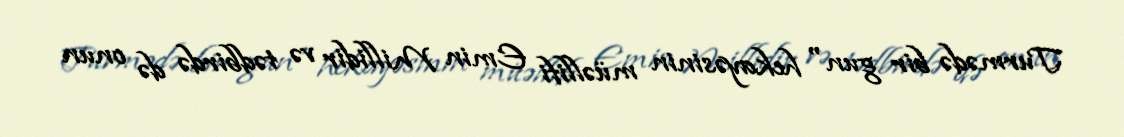
Turmədə bir gun" hekayəsinin müəllifi Emin Millidir və tədbirdə də onun